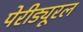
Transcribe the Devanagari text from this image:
पेरीड्यूरल